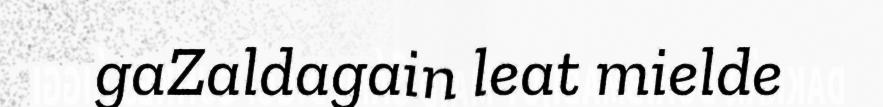
gaZaldagain leat mielde